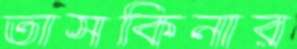
তাসকিনার